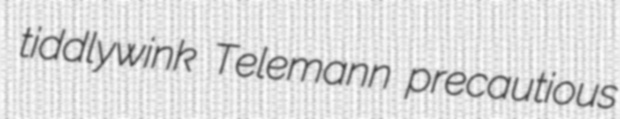
tiddlywink Telemann precautious